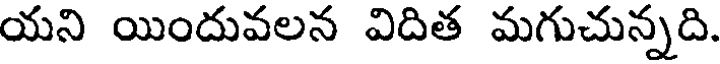
యని యిందువలన విదిత మగుచున్నది.